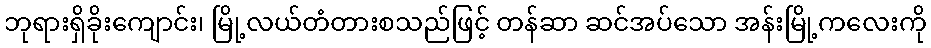
ဘုရားရှိခိုးကျောင်း၊ မြို့လယ်တံတားစသည်ဖြင့် တန်ဆာ ဆင်အပ်သော အန်းမြို့ကလေးကို